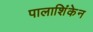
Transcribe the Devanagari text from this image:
पालाशिंकेन